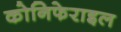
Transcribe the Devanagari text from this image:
कोनिफेराइल